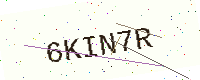
Text: 6KIN7R